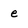
Character: e